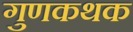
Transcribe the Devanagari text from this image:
गुणकथक